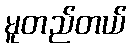
မူတည်တယ်